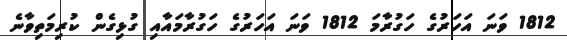
1812 ވަނަ އަހަރުގެ ހަގުރާމަ 1812 ވަނަ އަހަރުގެ ހަގުރާމައާއި ގުޅިގެން ކުރިމަތިވާނެ